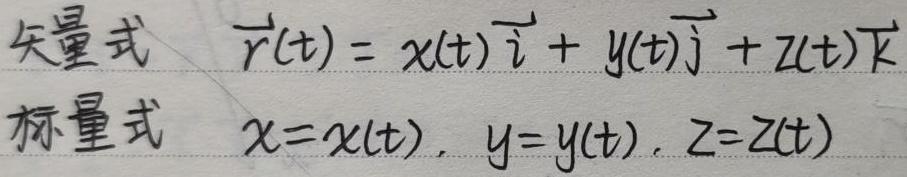
矢量式：$\vec{r}(t)=x(t)\vec{i}+y(t)\vec{j}+z(t)\vec{k}$
标量式：$x = x(t),y = y(t),z = z(t)$